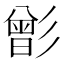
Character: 㣒